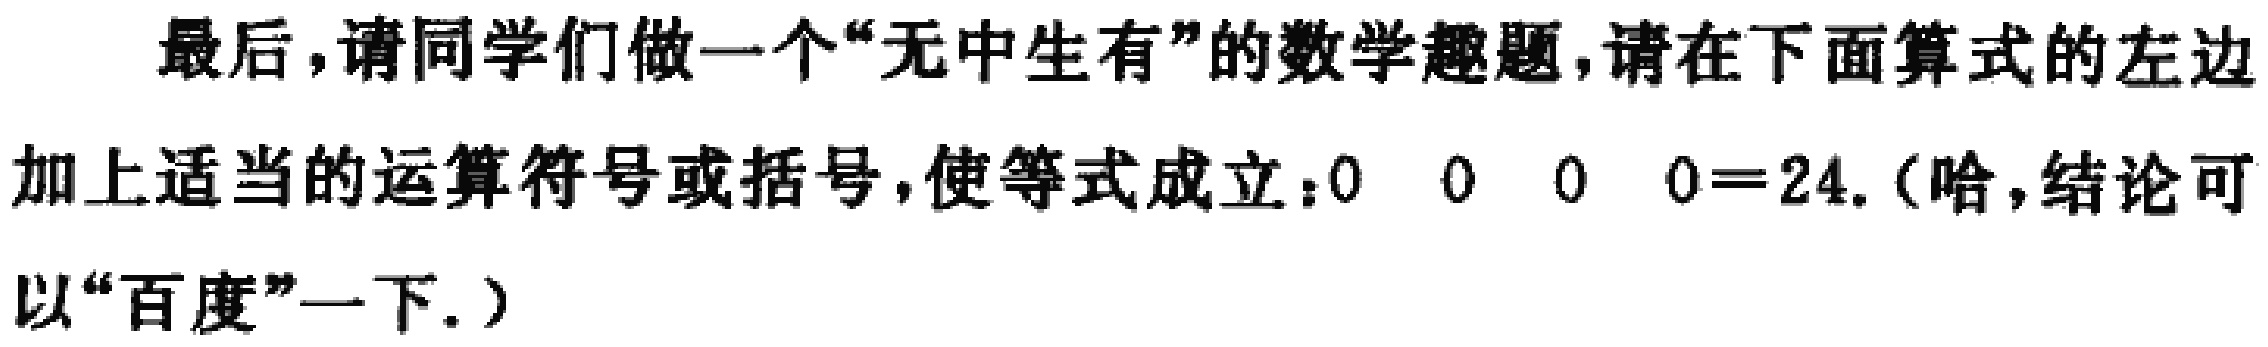
最后，请同学们做一个“无中生有”的数学趣题，请在下面算式的左边加上适当的运算符号或括号，使等式成立：$0\ 0\ 0\ 0 = 24$.（哈，结论可以“百度”一下.）